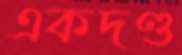
একদণ্ড